Madras plague regulations and rules for district municipalities and other towns and villages
Disease focus: Plague
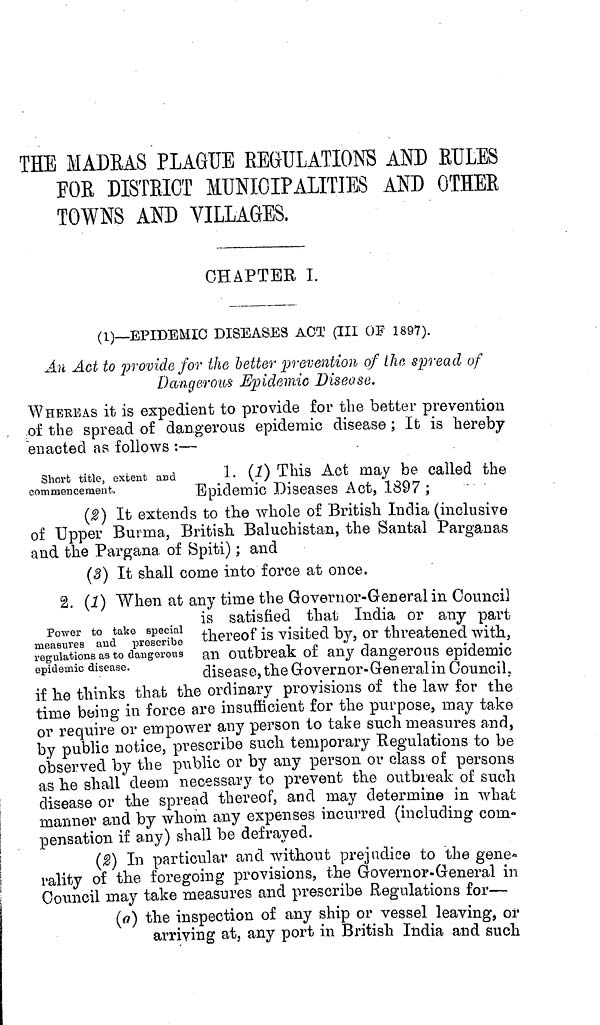
THE MADRAS PLAGUE REGULATIONS AND RULES
FOR DISTRICT MUNICIPALITIES AND OTHER
TOWNS AND VILLAGES,
CHAPTER I.
(1)—EPIDEMIC DISEASES ACT (III OF 1897).
AN Act to provide for the better prevention of the spread of
Dangerous Epidemic Disease.
WHEREAS it is expedient to provide for the better prevention
of the spread of dangerous epidemic disease ; It is hereby
enacted as follows :—
Short title, extent and
commencement.
1. (1) This Act may be called the
Epidemic Diseases Act, 1897;
(2) It extends to the whole of British India (inclusive
of Upper Burma, British. Baluchistan, the Santal Parganas
and the Pargana of Spiti) ; and
(3) It shall come into force at once.
Power to take special
measures and prescribe
regulations as to dangerous
epidemic disease.
2. (1) When at any time the Governor-General in Council
is satisfied that India or any part
thereof is visited by, or threatened with,
an outbreak of any dangerous epidemic
disease, the Governor-Gen eral in Council,
if he thinks that the ordinary provisions of the law for the
time being in force are insufficient for the purpose, may take
or require or empower any person to take such measures and,
by public notice, prescribe such temporary Regulations to be
observed by the public or by any person or class of persons
as he shall deem necessary to prevent the outbreak of such
disease or the spread thereof, and may determine in what
manner and by whom any expenses incurred (including com-
pensation if any) shall be defrayed.
(8) In particular and without prejudice to the gene-
rality of the foregoing provisions, the Govern or-General in
Council may take measures and prescribe Regulations for—
(a) the inspection of any ship or vessel leaving, or
arriving at, any port in British India and such